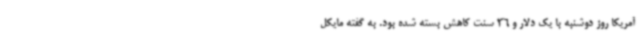
آمریکا روز دوشنبه با یک دلار و 36 سنت کاهش بسته شده بود. به گفته مایکل